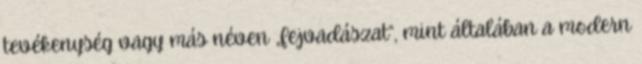
tevékenység vagy más néven „fejvadászat”, mint általában a modern